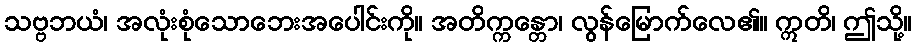
သဗ္ဗဘယံ၊ အလုံးစုံသောဘေးအပေါင်းကို။ အတိက္ကန္တော၊ လွန်မြောက်လေ၏။ ဣတိ၊ ဤသို့။